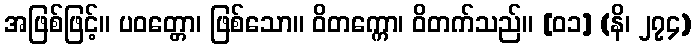
အဖြစ်ဖြင့်။ ပဝတ္တော၊ ဖြစ်သော။ ဝိတက္ကော၊ ဝိတက်သည်။ [၀၁] (နိ၊ ၂၇၄)